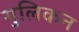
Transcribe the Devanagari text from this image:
गुलिकन